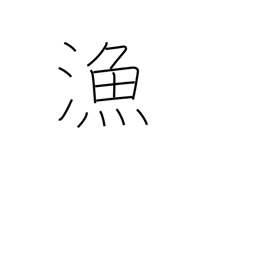
Meaning: fishery